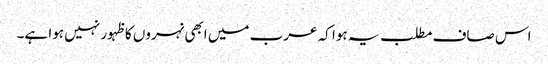
اس صاف مطلب یہ ہوا کہ عرب میں ابھی نہروں کا ظہور نہیں ہوا ہے۔